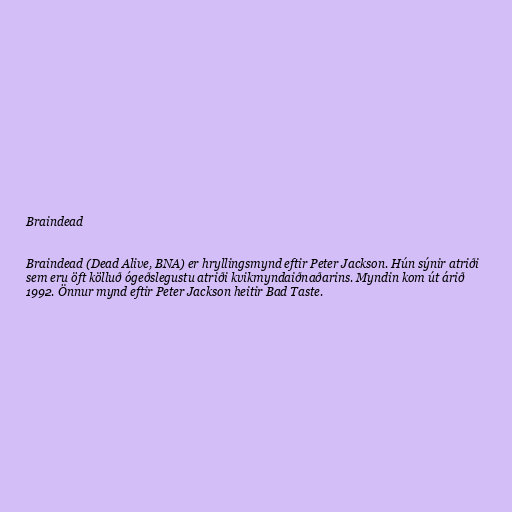
Braindead

Braindead (Dead Alive, BNA) er hryllingsmynd eftir Peter Jackson. Hún sýnir atriði
sem eru öft kölluð ógeðslegustu atriði kvikmyndaiðnaðarins. Myndin kom út árið
1992. Önnur mynd eftir Peter Jackson heitir Bad Taste.